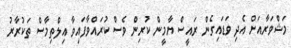
މަޝްވަރާއަށް އެދި ވަޑައިގެން ރައީސް ޔާމީން ކުރިން ވެސް ކުރައްވާފައިވާ އިލްތިމާސް ތަކުރާރު